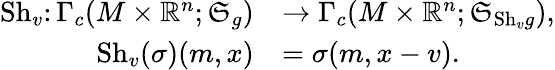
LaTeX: \begin{array}{rl}{\mathrm{Sh}_{v}\colon\Gamma_{c}(M\times\mathord{\mathbb{R}}^{n};\mathfrak{S}_{g})}&{\rightarrow\Gamma_{c}(M\times\mathord{\mathbb{R}}^{n};\mathfrak{S}_{\mathrm{Sh}_{v}g}),}\\ {\mathrm{Sh}_{v}(\sigma)(m,x)}&{=\sigma(m,x-v).}\end{array}